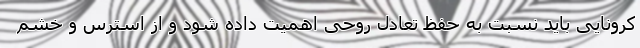
کرونایی باید نسبت به حفظ تعادل روحی اهمیت داده شود و از استرس و خشم